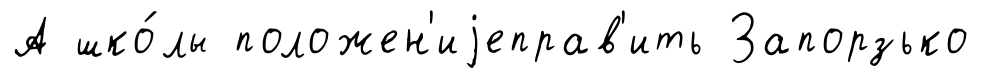
А шко́лы положен'иjеправ'ить Запорзько